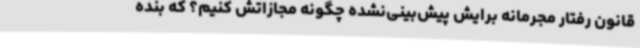
قانون رفتار مجرمانه برایش پیش‌بینی‌نشده چگونه مجازاتش کنیم؟ که بنده